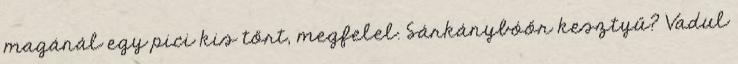
magánál egy pici kis tőrt, megfelel. Sárkánybóőr kesztyű? Vadul